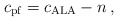
\begin{align*} c_{\rm pf} = c_{\rm ALA} -n \, ,\end{align*}